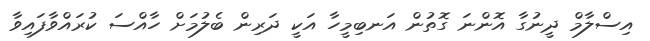
އިސްލާމް ދީނުގާ އޮންނަ ގޮތުން އަނބިމީހާ އަކީ ދަރިން ބެލުމަށް ހާއްސަ ކުރައްވާފައިވާ